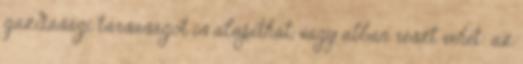
gazdasági társaságot is alapíthat, vagy abban részt vehet: az